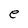
Character: e